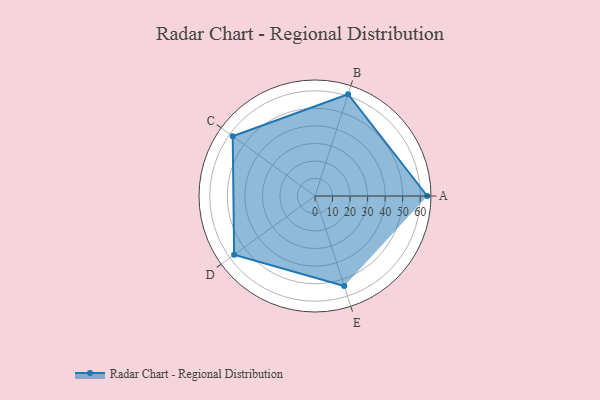
{"axis": {"x": "Skill", "y": "Score"}, "legend": ["Profile"], "data": [{"x": "A", "y": 64.0, "type": "Profile"}, {"x": "B", "y": 61.0, "type": "Profile"}, {"x": "C", "y": 58.0, "type": "Profile"}, {"x": "D", "y": 57.0, "type": "Profile"}, {"x": "E", "y": 54.0, "type": "Profile"}]}